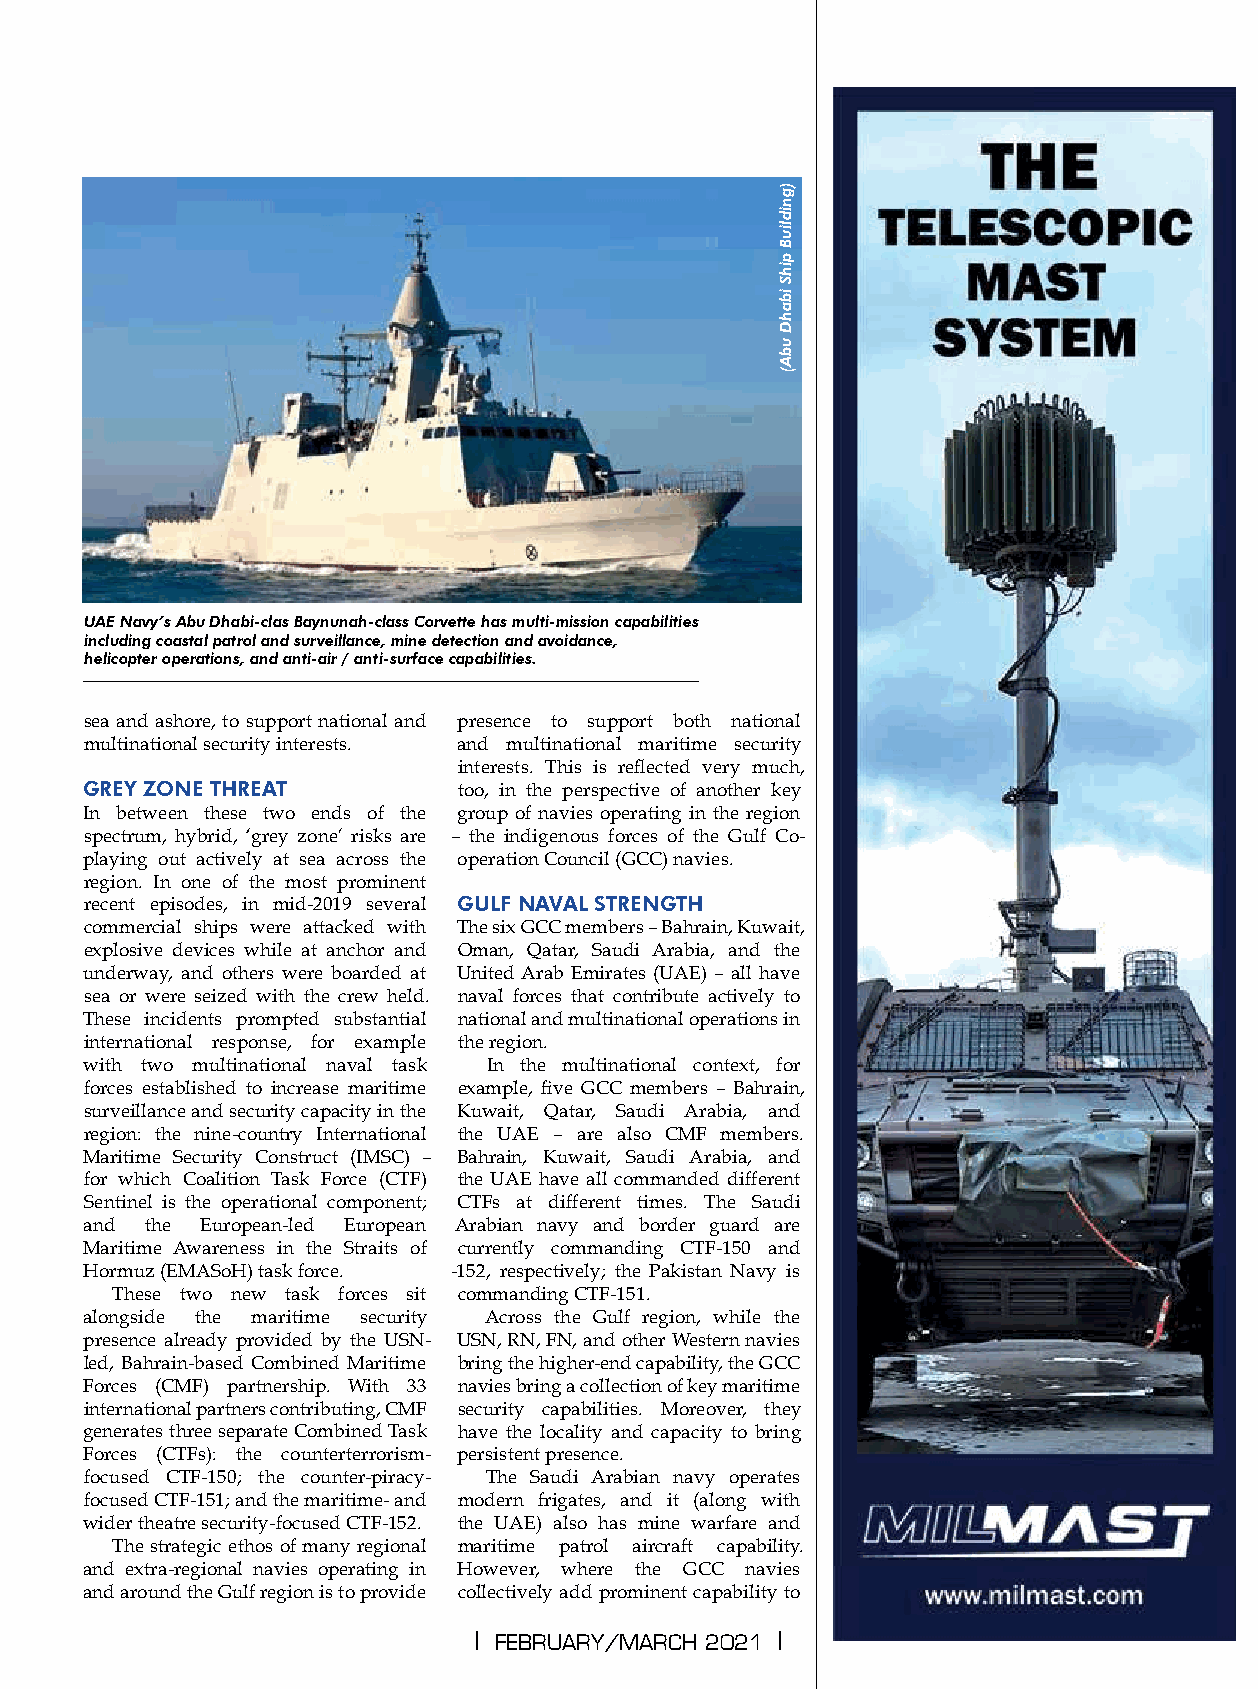
s  p e  c  i a  l
 UAE Navy’s Abu Dhabi-clas Baynunah-class Corvette has multi-mission capabilities
 including coastal patrol and surveillance, mine detection and avoidance,
 helicopter operations, and anti-air / anti-surface capabilities.
 sea and ashore, to support national and presence to support both national
 multinational security interests. and multinational maritime security
 interests. This is reflected very much,
 GREY ZONE THREAT         too, in the perspective of another key
 In between these two ends of the group of navies operating in the region
 spectrum, hybrid, ‘grey zone’ risks are – the indigenous forces of the Gulf Co-
 playing out actively at sea across the operation Council (GCC) navies.
 region. In one of the most prominent
 recent episodes, in mid-2019 several GULF NAVAL STRENGTH
 commercial ships were attacked with The six GCC members – Bahrain, Kuwait,
 explosive devices while at anchor and Oman, Qatar, Saudi Arabia, and the
 underway, and others were boarded at United Arab Emirates (UAE) – all have
 sea or were seized with the crew held. naval forces that contribute actively to
 These incidents prompted substantial national and multinational operations in
 international response, for example the region.
 with two multinational naval task In the multinational context, for
 forces established to increase maritime example, five GCC members – Bahrain,
 surveillance and security capacity in the Kuwait, Qatar, Saudi Arabia, and
 region: the nine-country International the UAE – are also CMF members.
 Maritime Security Construct (IMSC) – Bahrain, Kuwait, Saudi Arabia, and
 for which Coalition Task Force (CTF) the UAE have all commanded different
 Sentinel is the operational component; CTFs at different times. The Saudi
 and the European-led European Arabian navy and border guard are
 Maritime Awareness in the Straits of currently commanding CTF-150 and
 Hormuz (EMASoH) task force. -152, respectively; the Pakistan Navy is
 These two new task forces sit commanding CTF-151.
 alongside the maritime security Across the Gulf region, while the
 presence already provided by the USN- USN, RN, FN, and other Western navies
 led, Bahrain-based Combined Maritime bring the higher-end capability, the GCC
 Forces (CMF) partnership. With 33 navies bring a collection of key maritime
 international partners contributing, CMF security capabilities. Moreover, they       MILMAST               1/3
 generates three separate Combined Task have the locality and capacity to bring
 Forces (CTFs): the counterterrorism- persistent presence.
 focused CTF-150; the counter-piracy- The Saudi Arabian navy operates
 focused CTF-151; and the maritime- and modern frigates, and it (along with
 wider theatre security-focused CTF-152. the UAE) also has mine warfare and
 The strategic ethos of many regional maritime patrol aircraft capability.
 and extra-regional navies operating in However, where the GCC navies
 and around the Gulf region is to provide collectively add prominent capability to
 | february/march 2021 |
 )gnidliuB
 pihS
 ibahD
 ubA(